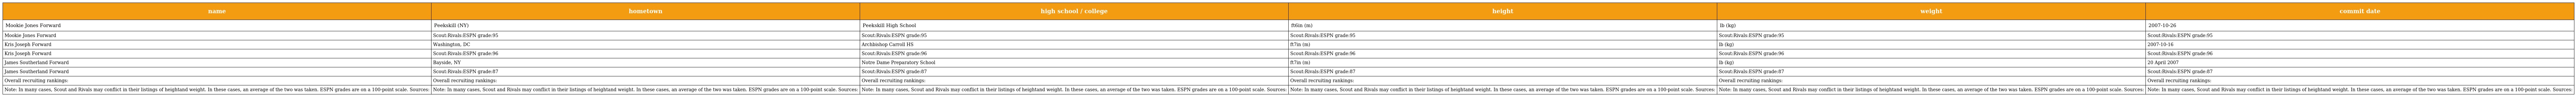
| name | hometown | high school / college | height | weight | commit date |
 | --- | --- | --- | --- | --- | --- |
 | Mookie Jones Forward | Peekskill (NY) | Peekskill High School | ft6in (m) | lb (kg) | 2007-10-26 |
 | Mookie Jones Forward | Scout:Rivals:ESPN grade:95 | Scout:Rivals:ESPN grade:95 | Scout:Rivals:ESPN grade:95 | Scout:Rivals:ESPN grade:95 | Scout:Rivals:ESPN grade:95 |
 | Kris Joseph Forward | Washington, DC | Archbishop Carroll HS | ft7in (m) | lb (kg) | 2007-10-16 |
 | Kris Joseph Forward | Scout:Rivals:ESPN grade:96 | Scout:Rivals:ESPN grade:96 | Scout:Rivals:ESPN grade:96 | Scout:Rivals:ESPN grade:96 | Scout:Rivals:ESPN grade:96 |
 | James Southerland Forward | Bayside, NY | Notre Dame Preparatory School | ft7in (m) | lb (kg) | 20 April 2007 |
 | James Southerland Forward | Scout:Rivals:ESPN grade:87 | Scout:Rivals:ESPN grade:87 | Scout:Rivals:ESPN grade:87 | Scout:Rivals:ESPN grade:87 | Scout:Rivals:ESPN grade:87 |
 | Overall recruiting rankings: | Overall recruiting rankings: | Overall recruiting rankings: | Overall recruiting rankings: | Overall recruiting rankings: | Overall recruiting rankings: |
 | Note: In many cases, Scout and Rivals may conflict in their listings of heightand weight. In these cases, an average of the two was taken. ESPN grades are on a 100-point scale. Sources: | Note: In many cases, Scout and Rivals may conflict in their listings of heightand weight. In these cases, an average of the two was taken. ESPN grades are on a 100-point scale. Sources: | Note: In many cases, Scout and Rivals may conflict in their listings of heightand weight. In these cases, an average of the two was taken. ESPN grades are on a 100-point scale. Sources: | Note: In many cases, Scout and Rivals may conflict in their listings of heightand weight. In these cases, an average of the two was taken. ESPN grades are on a 100-point scale. Sources: | Note: In many cases, Scout and Rivals may conflict in their listings of heightand weight. In these cases, an average of the two was taken. ESPN grades are on a 100-point scale. Sources: | Note: In many cases, Scout and Rivals may conflict in their listings of heightand weight. In these cases, an average of the two was taken. ESPN grades are on a 100-point scale. Sources: |